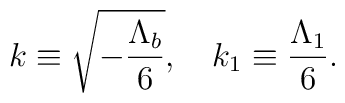
k\equiv\sqrt{-\frac{\Lambda_b}{6}},\ \ \ k_1\equiv \frac{\Lambda_1}{6}.